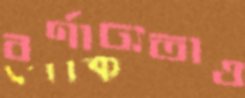
বর্ণাঢ্যতাও